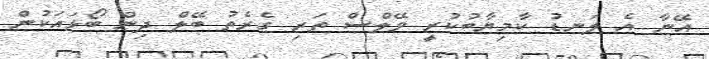
އޭނާ އެ ލަނޑު ކާމިޔާބުކުރީ ވޭލްސް ތަރި ގެރެތު ބޭލް ދިން ބޯޅައަކުން